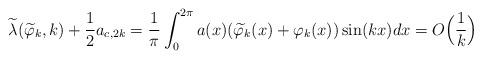
LaTeX: \begin{align*} \widetilde\lambda(\widetilde \varphi_k,k)+\frac{1}{2 }a_{c,2k}= \frac{1}{\pi }\int_0^{2\pi} a(x)(\widetilde \varphi_k(x)+\varphi_k(x))\sin (kx)dx=O\Big(\frac1k\Big)\end{align*}